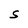
Character: S